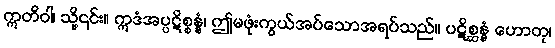
ဣတိဝါ၊ သို့၎င်း။ ဣဒံအပ္ပဋိစ္စန္နံ၊ ဤမဖုံးကွယ်အပ်သောအရပ်သည်။ ပဋိစ္ဆန္နံ ဟောတု၊